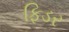
ફિડર